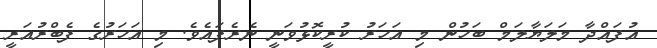
އުފައްދާ މަލަޔާލަމް ބަހުން މި އަހަރު ކުރީކޮޅުވަނީ ނެރެފައެވެ. މި އަހަރުގެ ފެބްރުއަރީ